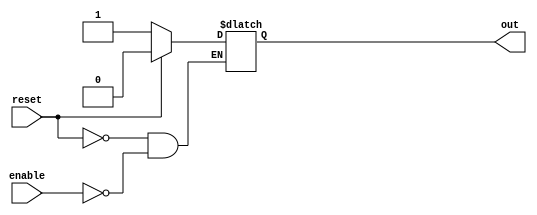
module assign_example (
    input wire reset,
    input wire enable,
    output reg out
);

always @(*) begin
    if (reset) begin
        out <= 0; // Initialize the value of 'out' to 0 when reset is high
    end else if (enable) begin
        out <= 1; // Set the value of 'out' to 1 when enable is high
    end
end

endmodule